Indian journal of veterinary science and animal husbandry - Volume 7,
Year: 1937
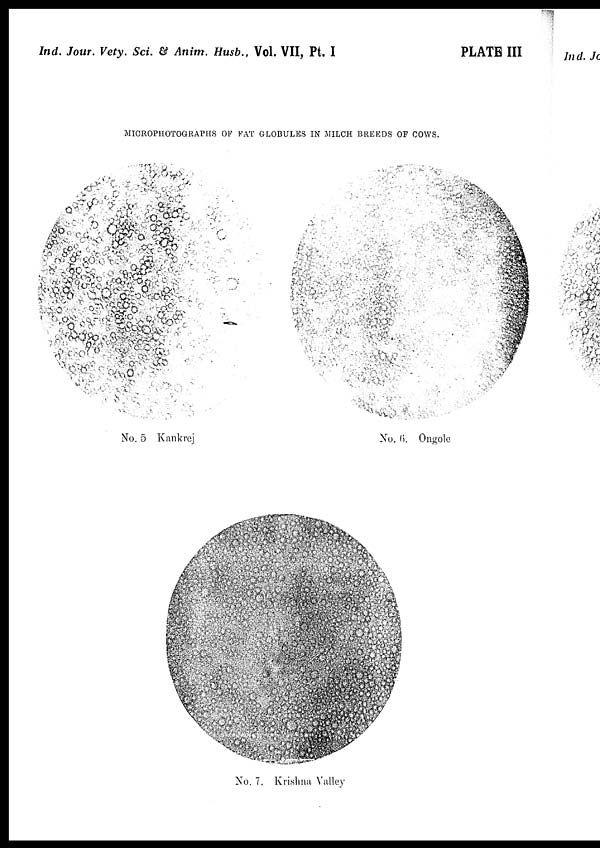
Ind. Jour. Vety. Sci. & Anim. Husb., Vol. VII, Pt. I
PLATE III
MICROPHOTOGRAPHS OF FAT GLOBULES IN MILCH BREEDS OF COWS.
No. 5 Kankrej
No. 6. Ongole
No. 7. Krishna Valley